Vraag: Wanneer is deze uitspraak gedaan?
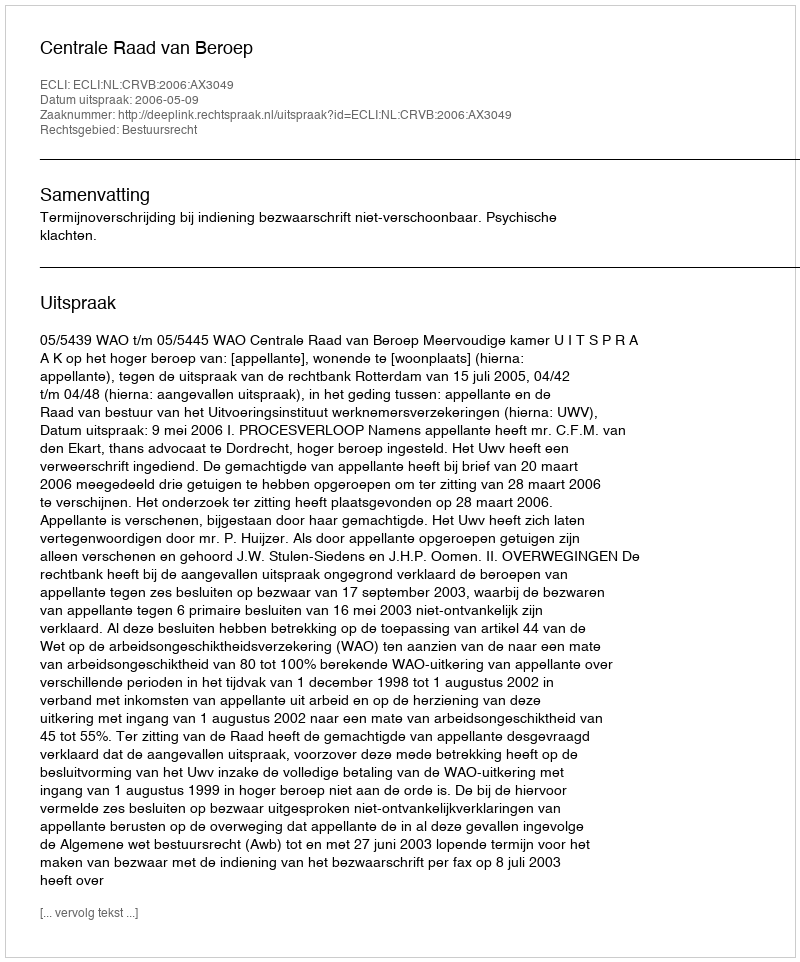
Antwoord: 2006-05-09